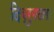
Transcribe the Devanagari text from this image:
दिब्रुगढला